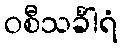
ဝစီသင်္ခါရံ